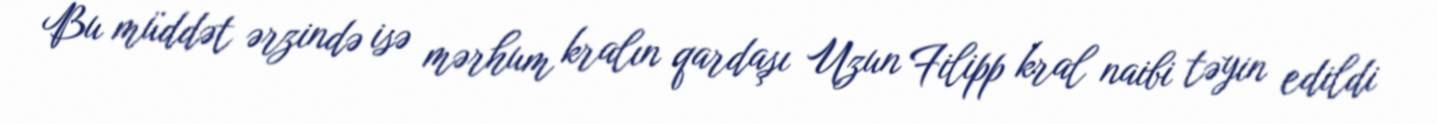
Bu müddət ərzində isə mərhum kralın qardaşı Uzun Filipp kral naibi təyin edildi